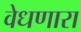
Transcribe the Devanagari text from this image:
वेधणारा